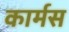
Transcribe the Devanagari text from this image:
कार्मस